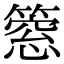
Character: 𥲡